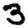
Digit: 3